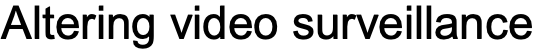
Altering video surveillance